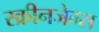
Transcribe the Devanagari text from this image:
स्क्रीनजेम्स